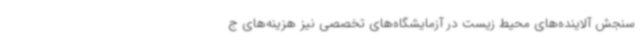
سنجش آلاینده‌های محیط زیست در آزمایشگاه‌های تخصصی نیز هزینه‌های ج